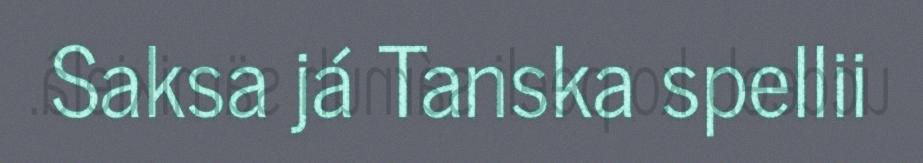
Saksa já Tanska spellii